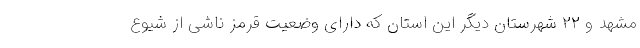
مشهد و ۲۲ شهرستان دیگر این استان که دارای وضعیت قرمز ناشی از شیوع